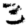
Digit: 3